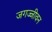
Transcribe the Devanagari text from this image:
जगज्जीवन